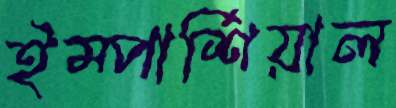
ইম্পার্শিয়াল